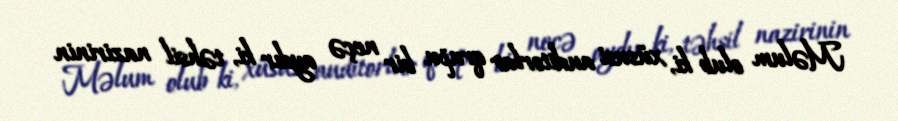
Məlum olub ki, xüsusi auditorlar qrupu bir neçə aydır ki, təhsil nazirinin